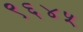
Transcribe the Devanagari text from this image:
९६४५